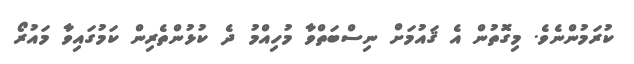
ކުރަމުންނެވެ. މިގޮތުން އެ ޤައުމަށް ނިސްބަތްވާ މުހިއްމު ދެ ކުޅުންތެރިން ކަމުގައިވާ މައުރޯ